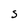
Character: S